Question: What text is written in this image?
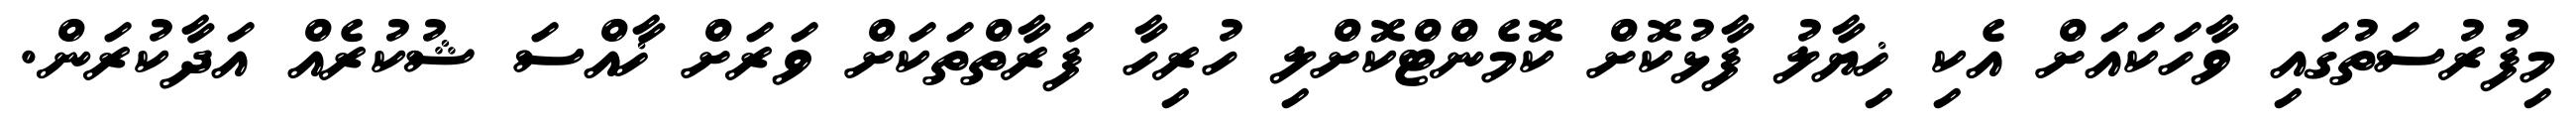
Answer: މިފުރުސަތުގައި ވާހަކައަށް އެކި ޚިޔާލު ފާޅުކޮށް ކޮމެންޓްކޮށްލި ހުރިހާ ފަރާތްތަކަށް ވަރަށް ޚާއްސަ ޝުކުރެއް އަދާކުރަން.